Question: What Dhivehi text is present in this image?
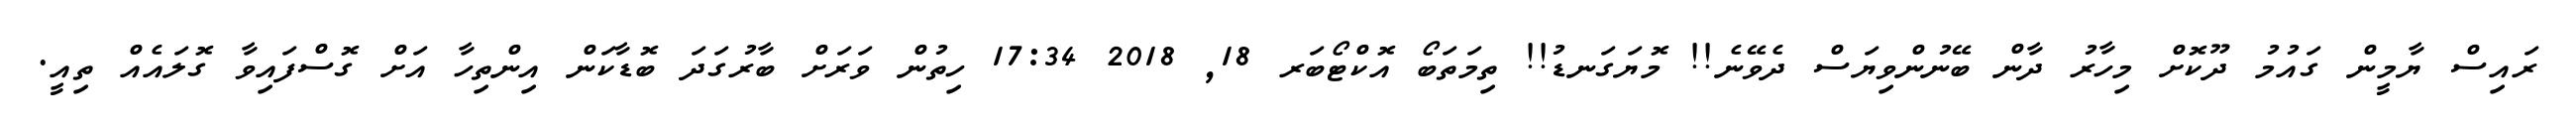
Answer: ރައިސް ޔާމީން ގައުމު ދޫކޮށް މިހާރު ދާން ބޭނުންވިޔަސް ދެވޭނެ!! މޮޔަގަނޑު!! ތިމަތަބޯ އޮކްޓޯބަރ 18, 2018 17:34 ހިތުން ވަރަށް ބާރުގަދަ ބޮޑާކަން އިންތިހާ އަށް ގޮސްފައިވާ ގޮލައެއް ތިއީ.